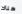
هناك